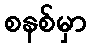
စနစ်မှာ